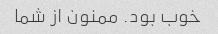
خوب بود. ممنون از شما